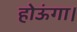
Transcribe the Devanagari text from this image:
होऊंगा।